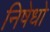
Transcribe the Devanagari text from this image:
निषेधो